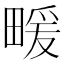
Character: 𤲫